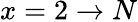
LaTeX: x=2\rightarrow N